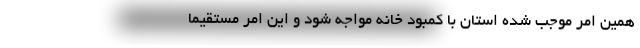
همین امر موجب شده استان با کمبود خانه مواجه شود و این امر مستقیماً